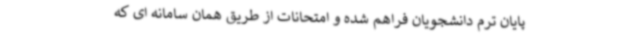
پایان ترم دانشجویان فراهم شده و امتحانات از طریق همان سامانه ای که